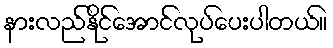
နားလည်နိုင်အောင်လုပ်ပေးပါတယ်။